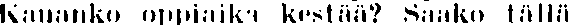
Kauanko oppiaika kestää? Säako tällä